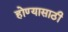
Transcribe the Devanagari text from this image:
होण्‍यासाठी